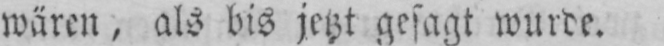
wären, als bis jetzt gesagt wurde.